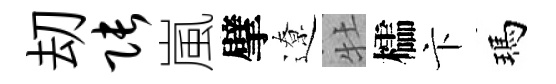
刧张嵐擘遼牡櫺卞瑪